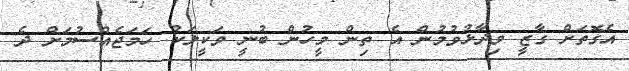
އެގޮތަށް ގާޒީ ވިދާޅުވުމުން އެ ތިން މީހުން ބުނީ ވަކީލަކު ހަމަޖެއްސުމަށް ދެ